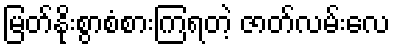
မြတ်နိုးစွာစံစားကြရတဲ့ ဇာတ်လမ်းလေ